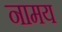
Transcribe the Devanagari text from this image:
नामय